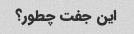
این جفت چطور؟